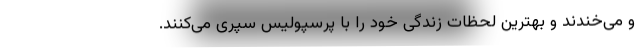
و می‌خندند و بهترین لحظات زندگی خود را با پرسپولیس سپری می‌کنند.